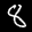
Label: 8